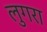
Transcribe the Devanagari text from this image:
लुगरा